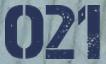
021